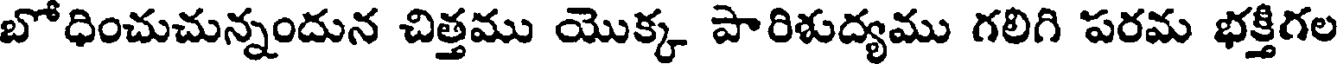
బోధించుచున్నందున చిత్తము యొక్క పారిశుద్యము గలిగి పరమ భక్తిగల